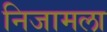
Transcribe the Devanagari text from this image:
निजामला